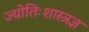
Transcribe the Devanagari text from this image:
ज्योतिःशास्त्रज्ञ